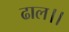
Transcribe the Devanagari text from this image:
ढाल।।